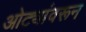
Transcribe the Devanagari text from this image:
ओट्यांवरून